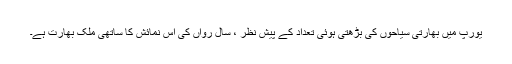
یورپ میں بھارتی سیاحوں کی بڑھتی ہوئی تعداد کے پیش نظر ، سال رواں کی اس نمائش کا ساتھی ملک بھارت ہے۔